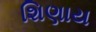
શિણાય